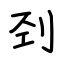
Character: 刭